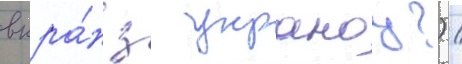
вкра́н з украноу?) /